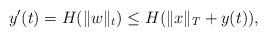
LaTeX: \begin{align*}y'(t) = H(\|w\|_t) \le H(\|x\|_T+y(t)), \end{align*}